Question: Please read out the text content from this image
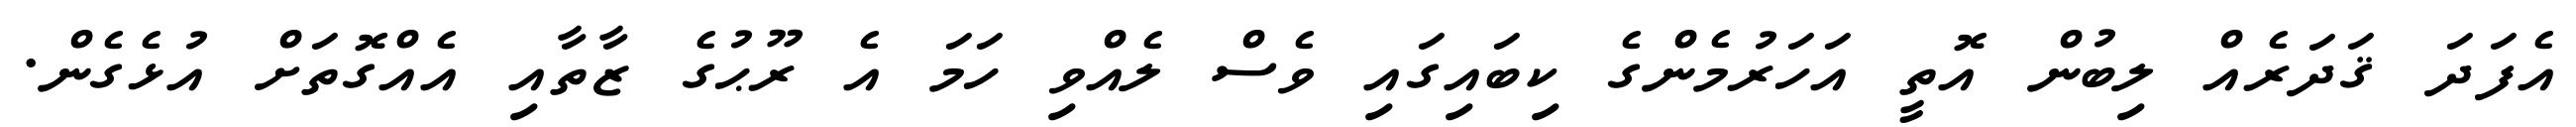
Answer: އެފަދަ ޤަދަރެއް ލިބުން އޮތީ އަހަރުމެންގެ ކިބައިގައި ވެސް ލެއްވި ހަމަ އެ ރޫޙުގެ ޒާތާއި އެއްގޮތަށް އުޅެގެން.